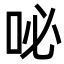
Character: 咇